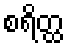
စရိတ္ထ